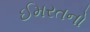
ઈમરતનો